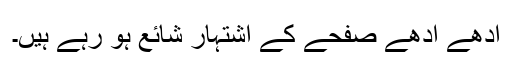
آدھے آدھے صفحے کے اشتہار شائع ہو رہے ہیں۔